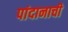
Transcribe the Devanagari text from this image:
पांदानाची